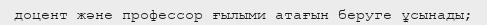
доцент және профессор ғылыми атағын беруге ұсынады;